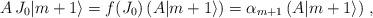
LaTeX: \begin{align*}A \, J_{0} |m+1 \rangle = f(J_{0}) \left( A |m+1 \rangle \right) = \alpha_{m+1} \left( A |m+1 \rangle \right) \, , \end{align*}